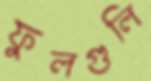
ফুলগুলি